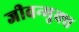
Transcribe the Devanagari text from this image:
जीवन्‍मुक्‍त